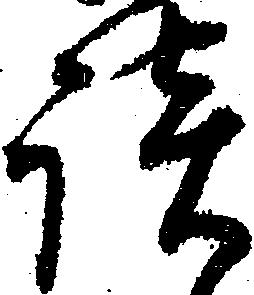
談